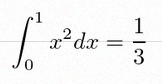
\int_0^1 x^2dx=\frac13